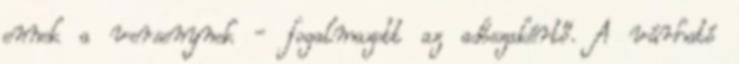
ennek a versenynek - fogalmazott az adószakértő. A várható